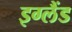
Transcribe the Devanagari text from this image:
इग्‍लैंड